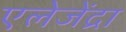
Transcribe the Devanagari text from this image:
एलेजेंद्रा